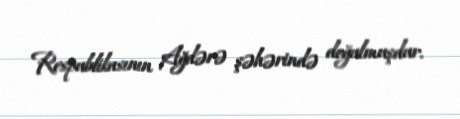
Respublikasının Ağdərə şəhərində doğulmuşdur.